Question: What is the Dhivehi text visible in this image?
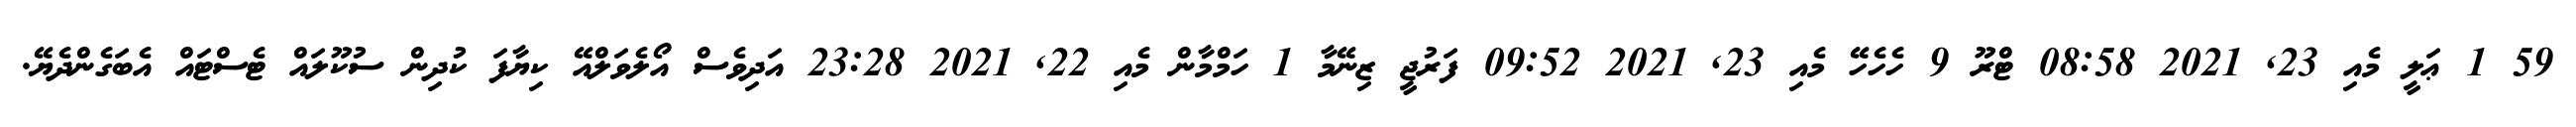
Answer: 59 1 ޢަލީ މެއި 23, 2021 08:58 ޓްރޫ 9 ހެހެހޭ މެއި 23, 2021 09:52 ފަރުޖީ ޒިނޭމާ 1 ހަމްމާން މެއި 22, 2021 23:28 އަދިވެސް އޯލެވަލްއޭ ކިޔާފަ ކުދިން ސުކޫލައް ޓެސްޓައް އެބަގެންދެޔޭ.